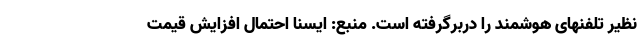
نظیر تلفنهای هوشمند را دربرگرفته است. منبع: ایسنا احتمال افزایش قیمت